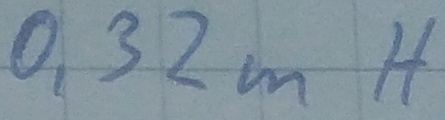
Text: 0,32mH